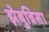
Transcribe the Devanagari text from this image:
झेबुन्निसा